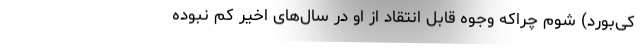
کی‌بورد) شوم چرا‌که وجوه قابل انتقاد از او در سال‌های اخیر کم نبوده